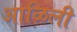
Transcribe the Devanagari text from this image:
आळिली